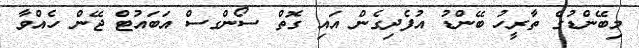
މިބޭންޑުގެ ތާރީހު ބޭންޑު އުފެދިގެން އައި ގޮތް ސޯންގސް އަބައުޓް ޖޭން ހެއްވާ